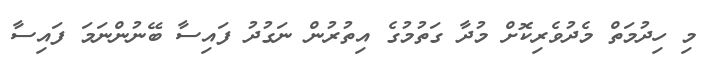
މި ހިދުމަތް މެދުވެރިކޮށް މުދާ ގަތުމުގެ އިތުރުން ނަގުދު ފައިސާ ބޭނުންނަމަ ފައިސާ